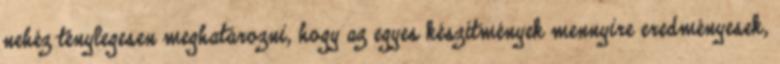
nehéz ténylegesen meghatározni, hogy az egyes készítmények mennyire eredményesek,